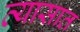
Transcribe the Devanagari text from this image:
व्यासात